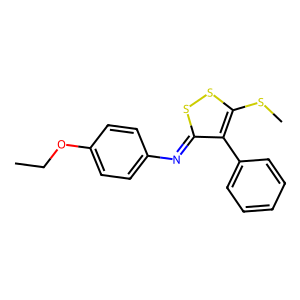
SMILES: CCOc1ccc(N=c2ssc(SC)c2-c2ccccc2)cc1
Inhibits HIV replication: No